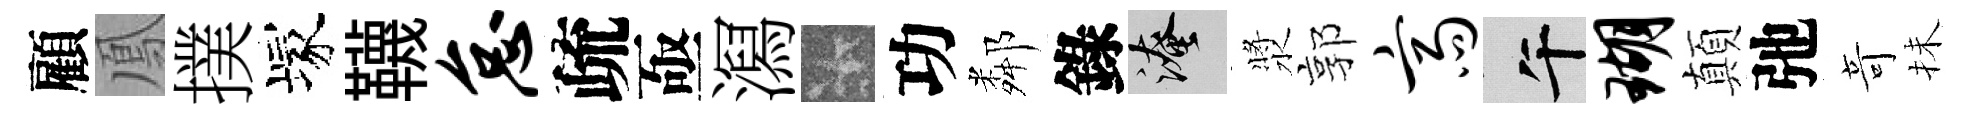
顧鳳撲塚韈怠疏亟㵼卡功鄰錄淹漿郭斋午瑚顛弛竒抺